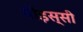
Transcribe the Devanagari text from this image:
पोइस्सी